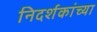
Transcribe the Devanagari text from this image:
निदर्शकांच्या